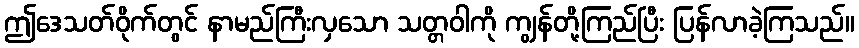
ဤဒေသတ်ဝိုက်တွင် နာမည်ကြီးလှသော သတ္တဝါကို ကျွန်တို့ကြည်ပြီး ပြန်လာခဲ့ကြသည်။